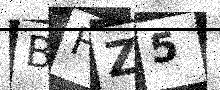
Text: BFZ5